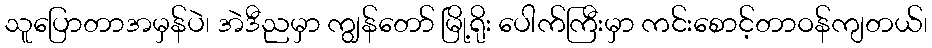
သူပြောတာအမှန်ပဲ၊ အဲဒီညမှာ ကျွန်တော် မြို့ရိုး ပေါက်ကြီးမှာ ကင်းစောင့်တာဝန်ကျတယ်၊